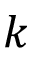
k